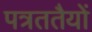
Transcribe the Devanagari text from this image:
पत्रततैयों